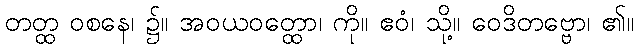
တတ္ထ ဝစနေ၊ ၌။ အဝယဝတ္ထော၊ ကို။ ဧဝံ၊ သို့။ ဝေဒိတဗ္ဗော၊ ၏။